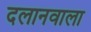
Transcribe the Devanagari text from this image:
दलानवाला